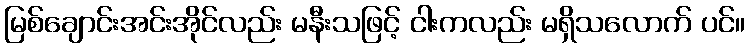
မြစ်ချောင်းအင်းအိုင်လည်း မနီးသဖြင့် ငါးကလည်း မရှိသလောက် ပင်။